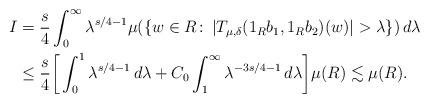
LaTeX: \begin{align*}I &= \frac{s}{4} \int_0^{\infty} \lambda^{s/4-1} \mu(\{w \in R\colon\, |T_{\mu, \delta}(1_{R}b_1, 1_Rb_2)(w)| > \lambda\})\,d\lambda \\&\le \frac{s}{4} \bigg[ \int_0^1 \lambda^{s/4-1}\,d\lambda + C_0 \int_1^{\infty} \lambda^{-3s/4-1} \,d\lambda\bigg]\mu(R) \lesssim \mu(R).\end{align*}